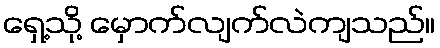
ရှေ့သို့ မှောက်လျက်လဲကျသည်။